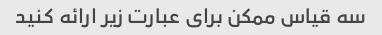
سه قیاس ممکن برای عبارت زیر ارائه کنید